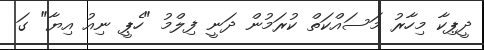
ދީޕިކާ މިހާރު މަސައްކަތް ކުރަމުން ދަނީ ފިލްމު "ހެޕީ ނިއު އިޔާ" ގަ